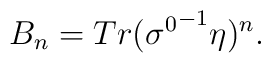
B_{n}= Tr ({\sigma^{0}}^{-1}\eta )^{n}.